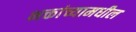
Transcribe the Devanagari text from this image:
भक्तांच्यामधील